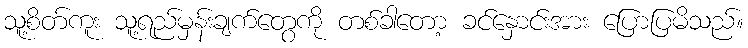
သူ့စိတ်ကူး သူ့ရည်မှန်းချက်တွေကို တစ်ခါတော့ ခင်နှောင်းအား ပြောပြမိသည်။